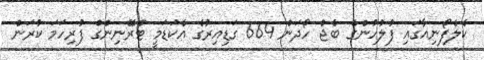
ކެލެފޯނިއާގައި ފުލުހުންގެ ބެޖް ހޯދަން 664 ގަޑިއިރުގެ އެކަޑަމީ ޓްރޭނިންގް ފުރިހަމަ ކުރަން